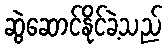
ဆွဲဆောင်နိုင်ခဲ့သည်